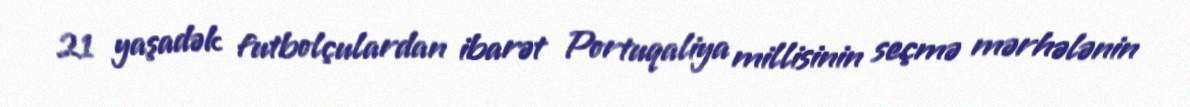
21 yaşadək futbolçulardan ibarət Portuqaliya millisinin seçmə mərhələnin